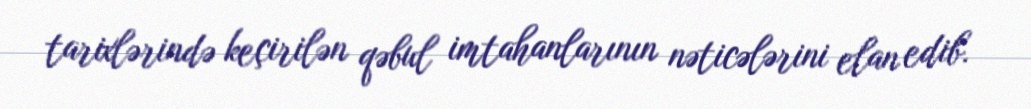
tarixlərində keçirilən qəbul imtahanlarının nəticələrini elan edib.